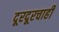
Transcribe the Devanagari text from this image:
दूरदूरचाही